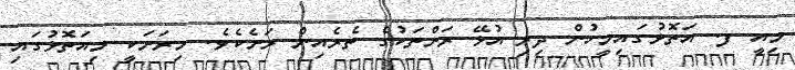
މިއީ ފ. އަތޮޅުގައިމީހުން ދިރި އުޅޭ ރަށްތަކުގެ ތެރެއިން ރަށެކެވެ. މިރަށަކީ މިއަތޮޅުގައި